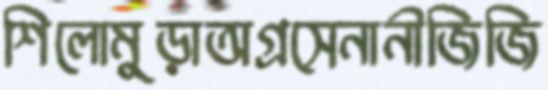
শিলোমুড়াঅগ্রসেনানীজিজি